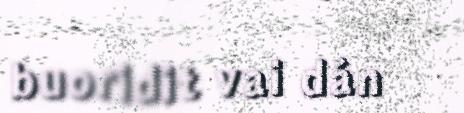
buoridit vai dán